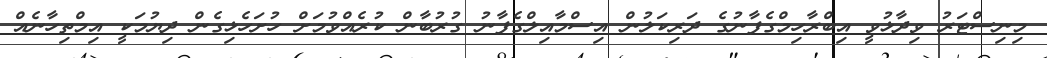
މިނިސްޓަރު ވިދާޅުވީ އިބްރާހިމްގެފާނުގެ ދަރިކަލުން އިސްމާއިލްގެފާނު ގުރުބާން ކުރެއްވުމަށް ހުށަހެޅިގެން ދިޔުމަކީ އިމްތިހާނެއް